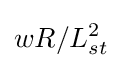
wR/L_{st}^{2}